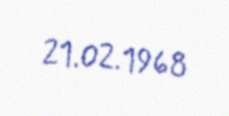
21.02.1968